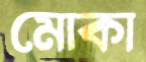
মোকা